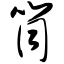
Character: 筒